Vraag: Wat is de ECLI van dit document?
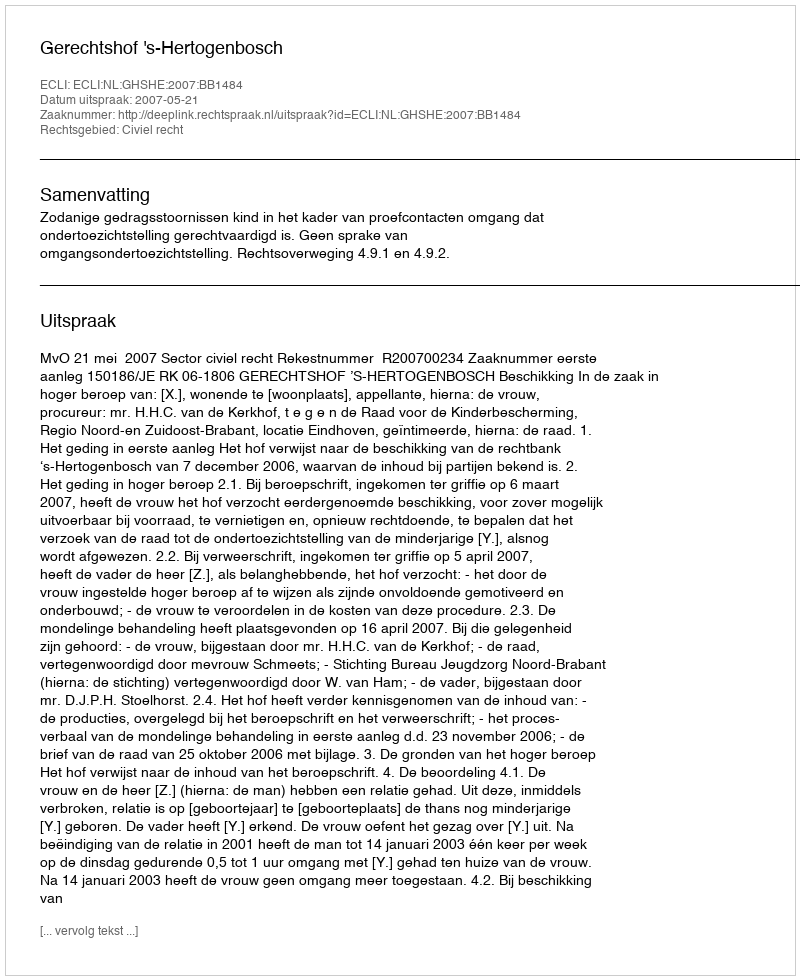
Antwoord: ECLI:NL:GHSHE:2007:BB1484